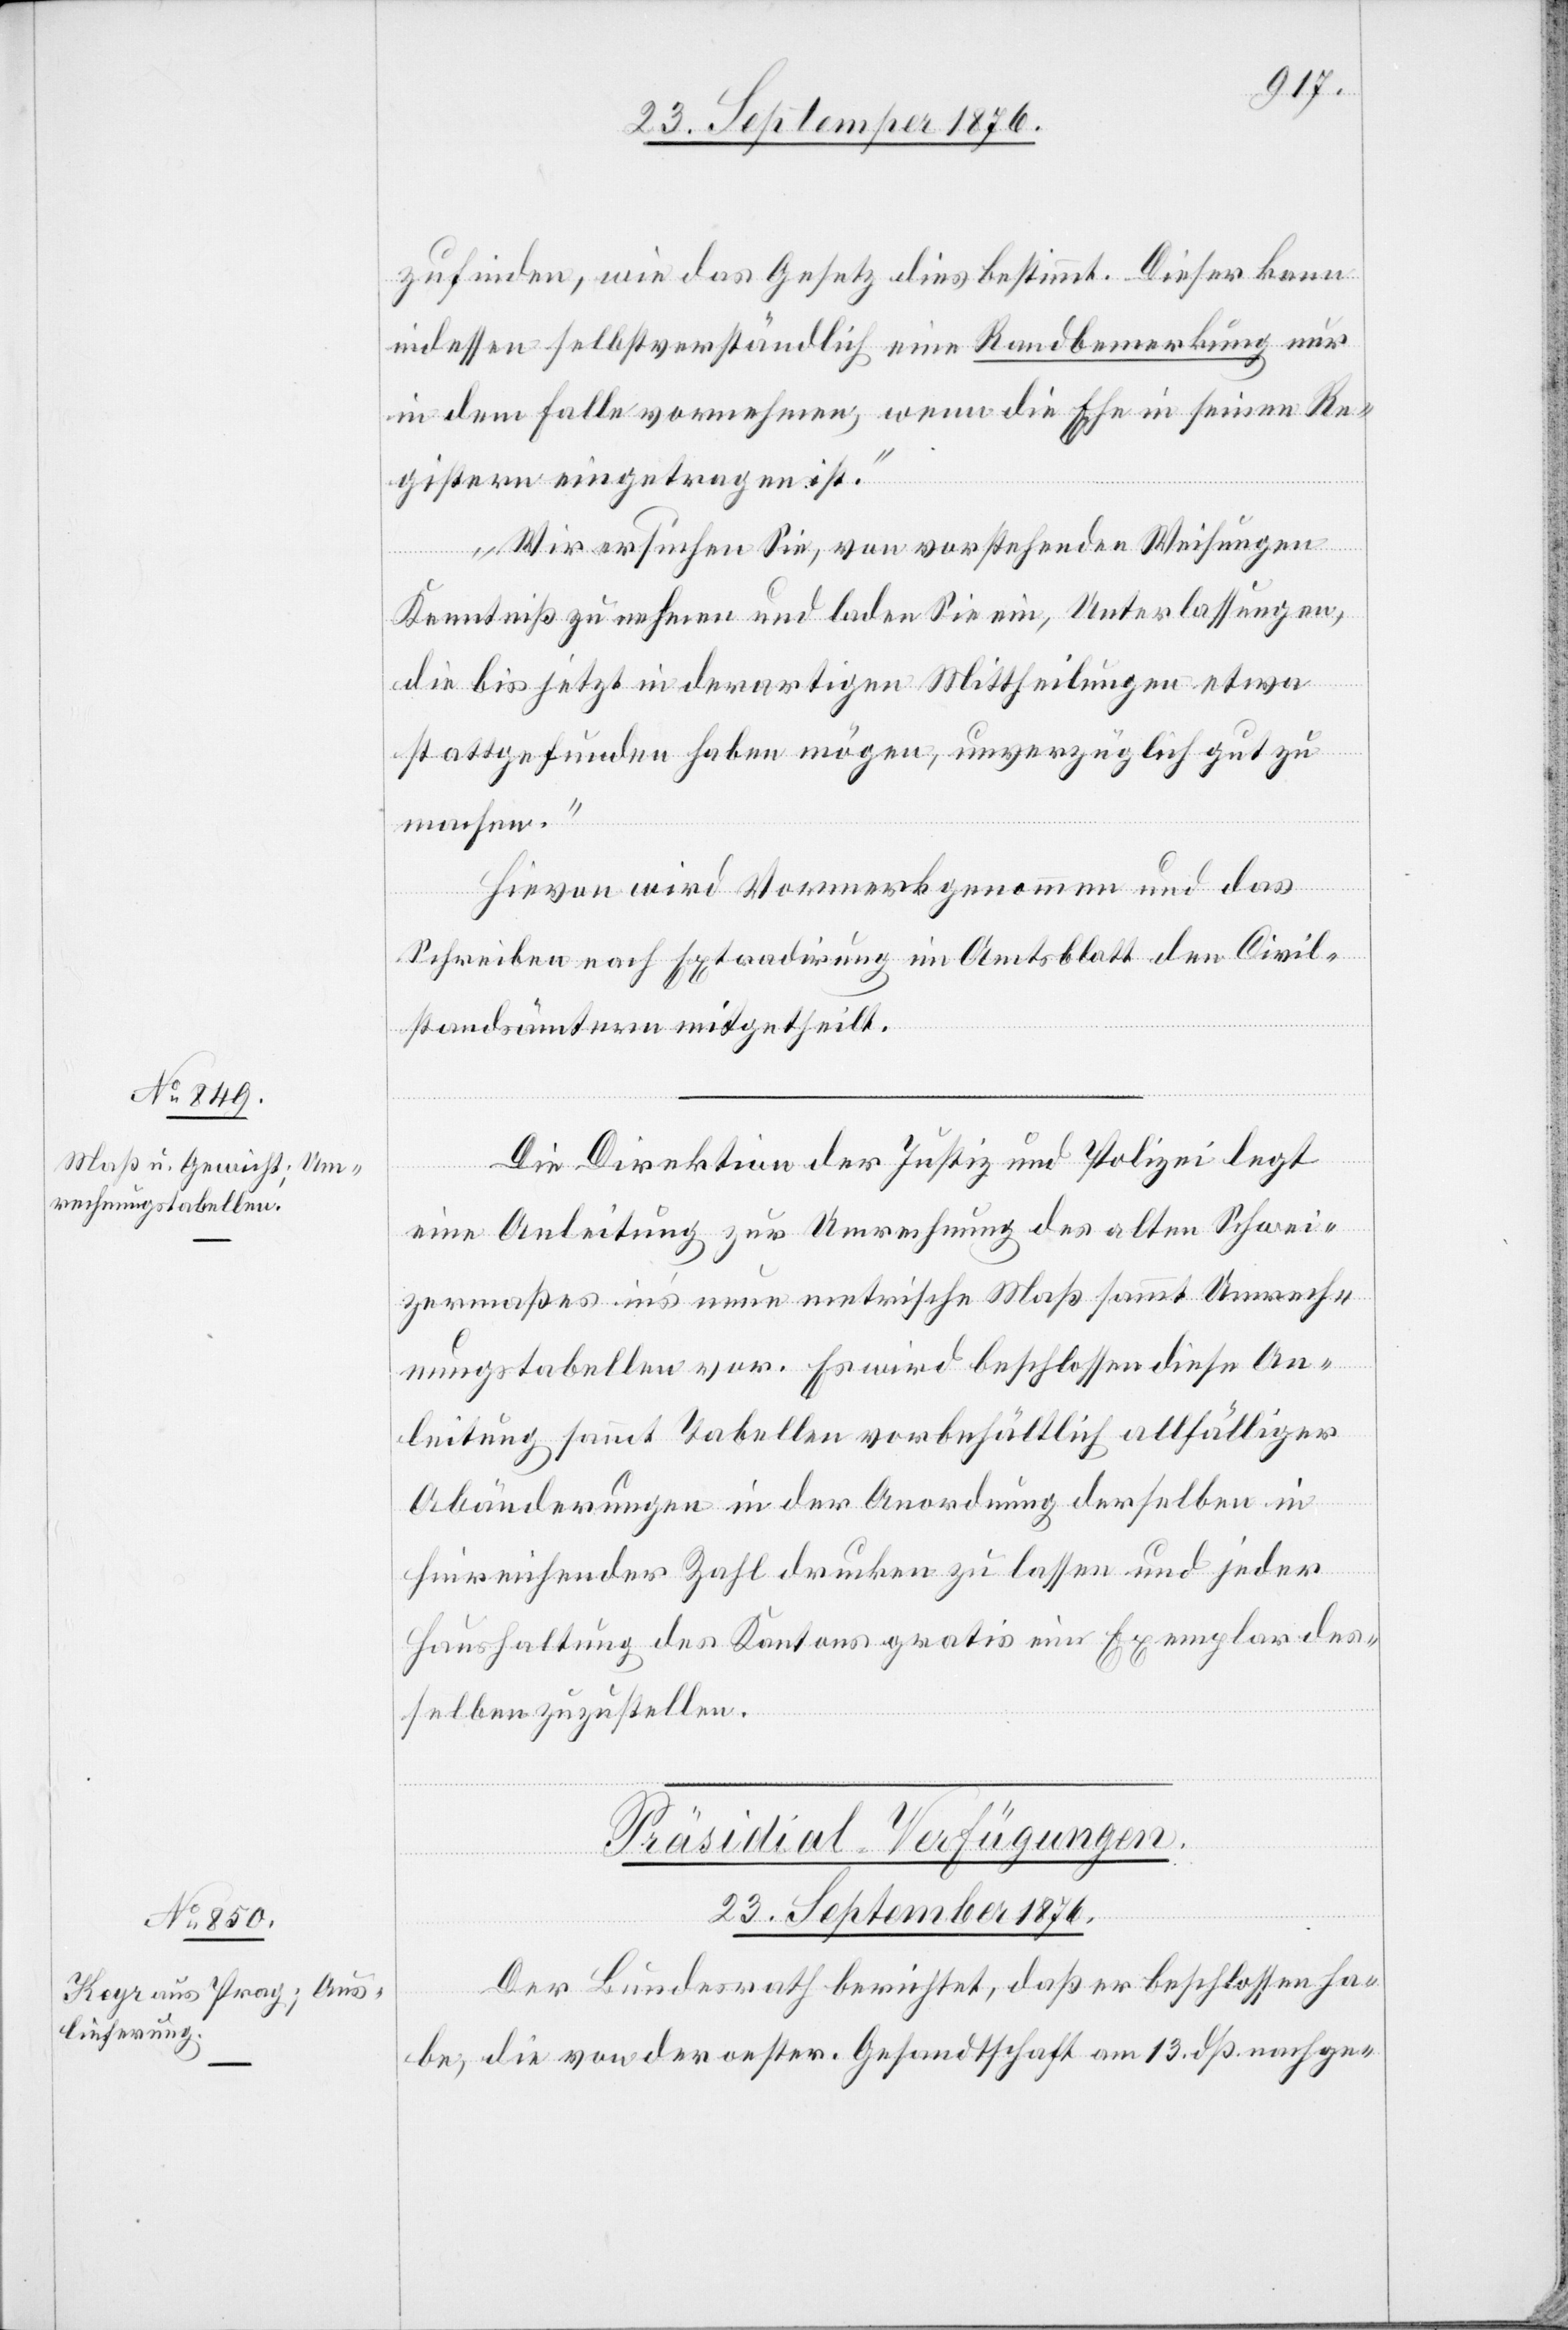
zufinden, wie das Gesetz dies bestimmt. Dieser kann
indessen selbstverständlich eine Randbemerkung nur
in dem Falle vornehmen, wenn die Ehe in seinen Re¬
gistern eingetragen ist.
Wir ersuchen Sie, von vorstehenden Weisungen
Kenntniß zu nehmen und laden Sie ein, Unterlassungen,
die bis jetzt in derartigen Mittheilungen etwa
stattgefunden haben mögen, unverzüglich gut zu
machen.“
Hievon wird Vormerk genommen und das
Schreiben nach Extradirung im Amtsblatt den Civil¬
standsämtern mitgetheilt.
Die Direktion der Justiz und Polizei legt
eine Anleitung zur Umrechnung des alten Schwei¬
zermaßes in’s neue metrische Maß sammt Umrech¬
nungstabellen vor. Es wird beschlossen diese An¬
leitung sammt Tabellen vorbehältlich allfälliger
Abänderungen in der Anordnung derselben in
hinreichender Zahl drucken zu lassen und jeder
Haushaltung des Kantons gratis ein Exemplar des¬
selben zuzustellen.
Präsidial-Verfügungen.
23. September 1876.
Der Bundesrath berichtet, daß er beschlossen ha¬
be, die von der oester. Gesandtschaft am 13. dß. nachge-